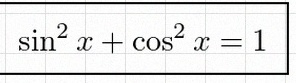
\sin^2x+\cos^2x=1